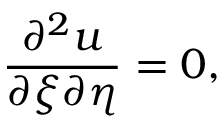
{ \frac { \partial ^ { 2 } u } { \partial \xi \partial \eta } } = 0 ,